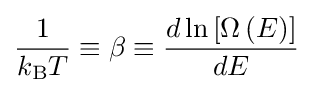
{\frac {1}{k_{\mathrm {B} }T}}\equiv \beta \equiv {\frac {d\ln \left[\Omega \left(E\right)\right]}{dE}}